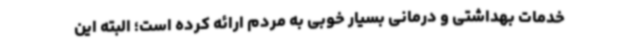
خدمات بهداشتی و درمانی بسیار خوبی به مردم ارائه کرده است؛ البته این